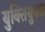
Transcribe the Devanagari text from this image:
युक्‍ितयुक्‍त